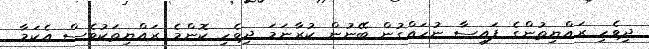
ދިވެހި ރައްޔިތުންގެ ފައިސާ ނުހައްގުން ބޭނުން ކުރާނަމަ ދިވެހި ކޮންމެ ރައްޔިތަކުވެސް އެކަމާ